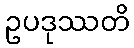
ဥပဒုဿတိ